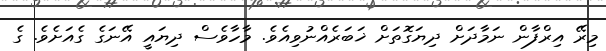
މިރޭ އިރްފާން ނަމާދަށް ދިޔަގޮތަށް ޚަބަރެއްނުވިއެވެ. މާހާވެސް ދިޔައީ އޭނަގެ ގެއަށެވެ. ގެ